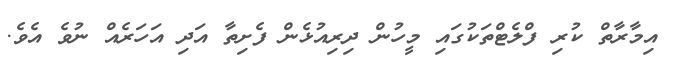
އިމާރާތް ކުރި ފްލެޓްތަކުގައި މީހުން ދިރިއުޅެން ފެށިތާ އަދި އަހަރެއް ނުވެ އެވެ.